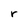
Character: r